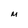
Character: M